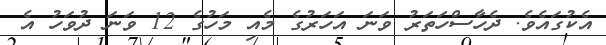
އެކުގައެވެ. ދެހާސްހަތަރު ވަނަ އަހަރުގެ މެއި މަހުގެ 12 ވަނަ ދުވަހު އެ